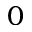
0